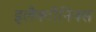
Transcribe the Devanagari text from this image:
इलैक्टौनिक्स